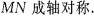
MN成轴对称。